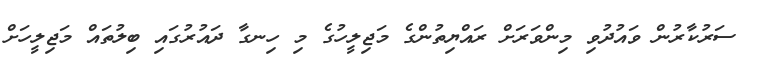
ސަރުކާރުން ވައުދުވި މިންވަރަށް ރައްޔިތުންގެ މަޖިލީހުގެ މި ހިނގާ ދައުރުގައި ބިލުތައް މަޖިލީހަށް